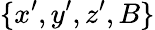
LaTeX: \{ x^{\prime},y^{\prime},z^{\prime},B\}